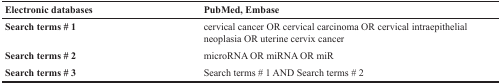
| Electronic databases | PubMed, Embase |
 | --- | --- |
 | Search terms # 1 | cervical cancer OR cervical carcinoma OR cervical intraepithelial neoplasia OR uterine cervix cancer |
 | Search terms # 2 | microRNA OR miRNA OR miR |
 | Search terms # 3 | Search terms # 1 AND Search terms # 2 |